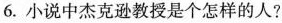
6. 小说中杰克逊教授是个怎样的人?